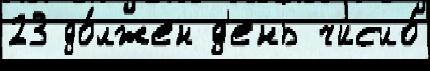
23 до́лжен д'ень число́